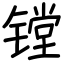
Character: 镗